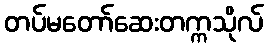
တပ်မတော်ဆေးတက္ကသိုလ်